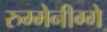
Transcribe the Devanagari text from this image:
रुम्मेनीग्गे